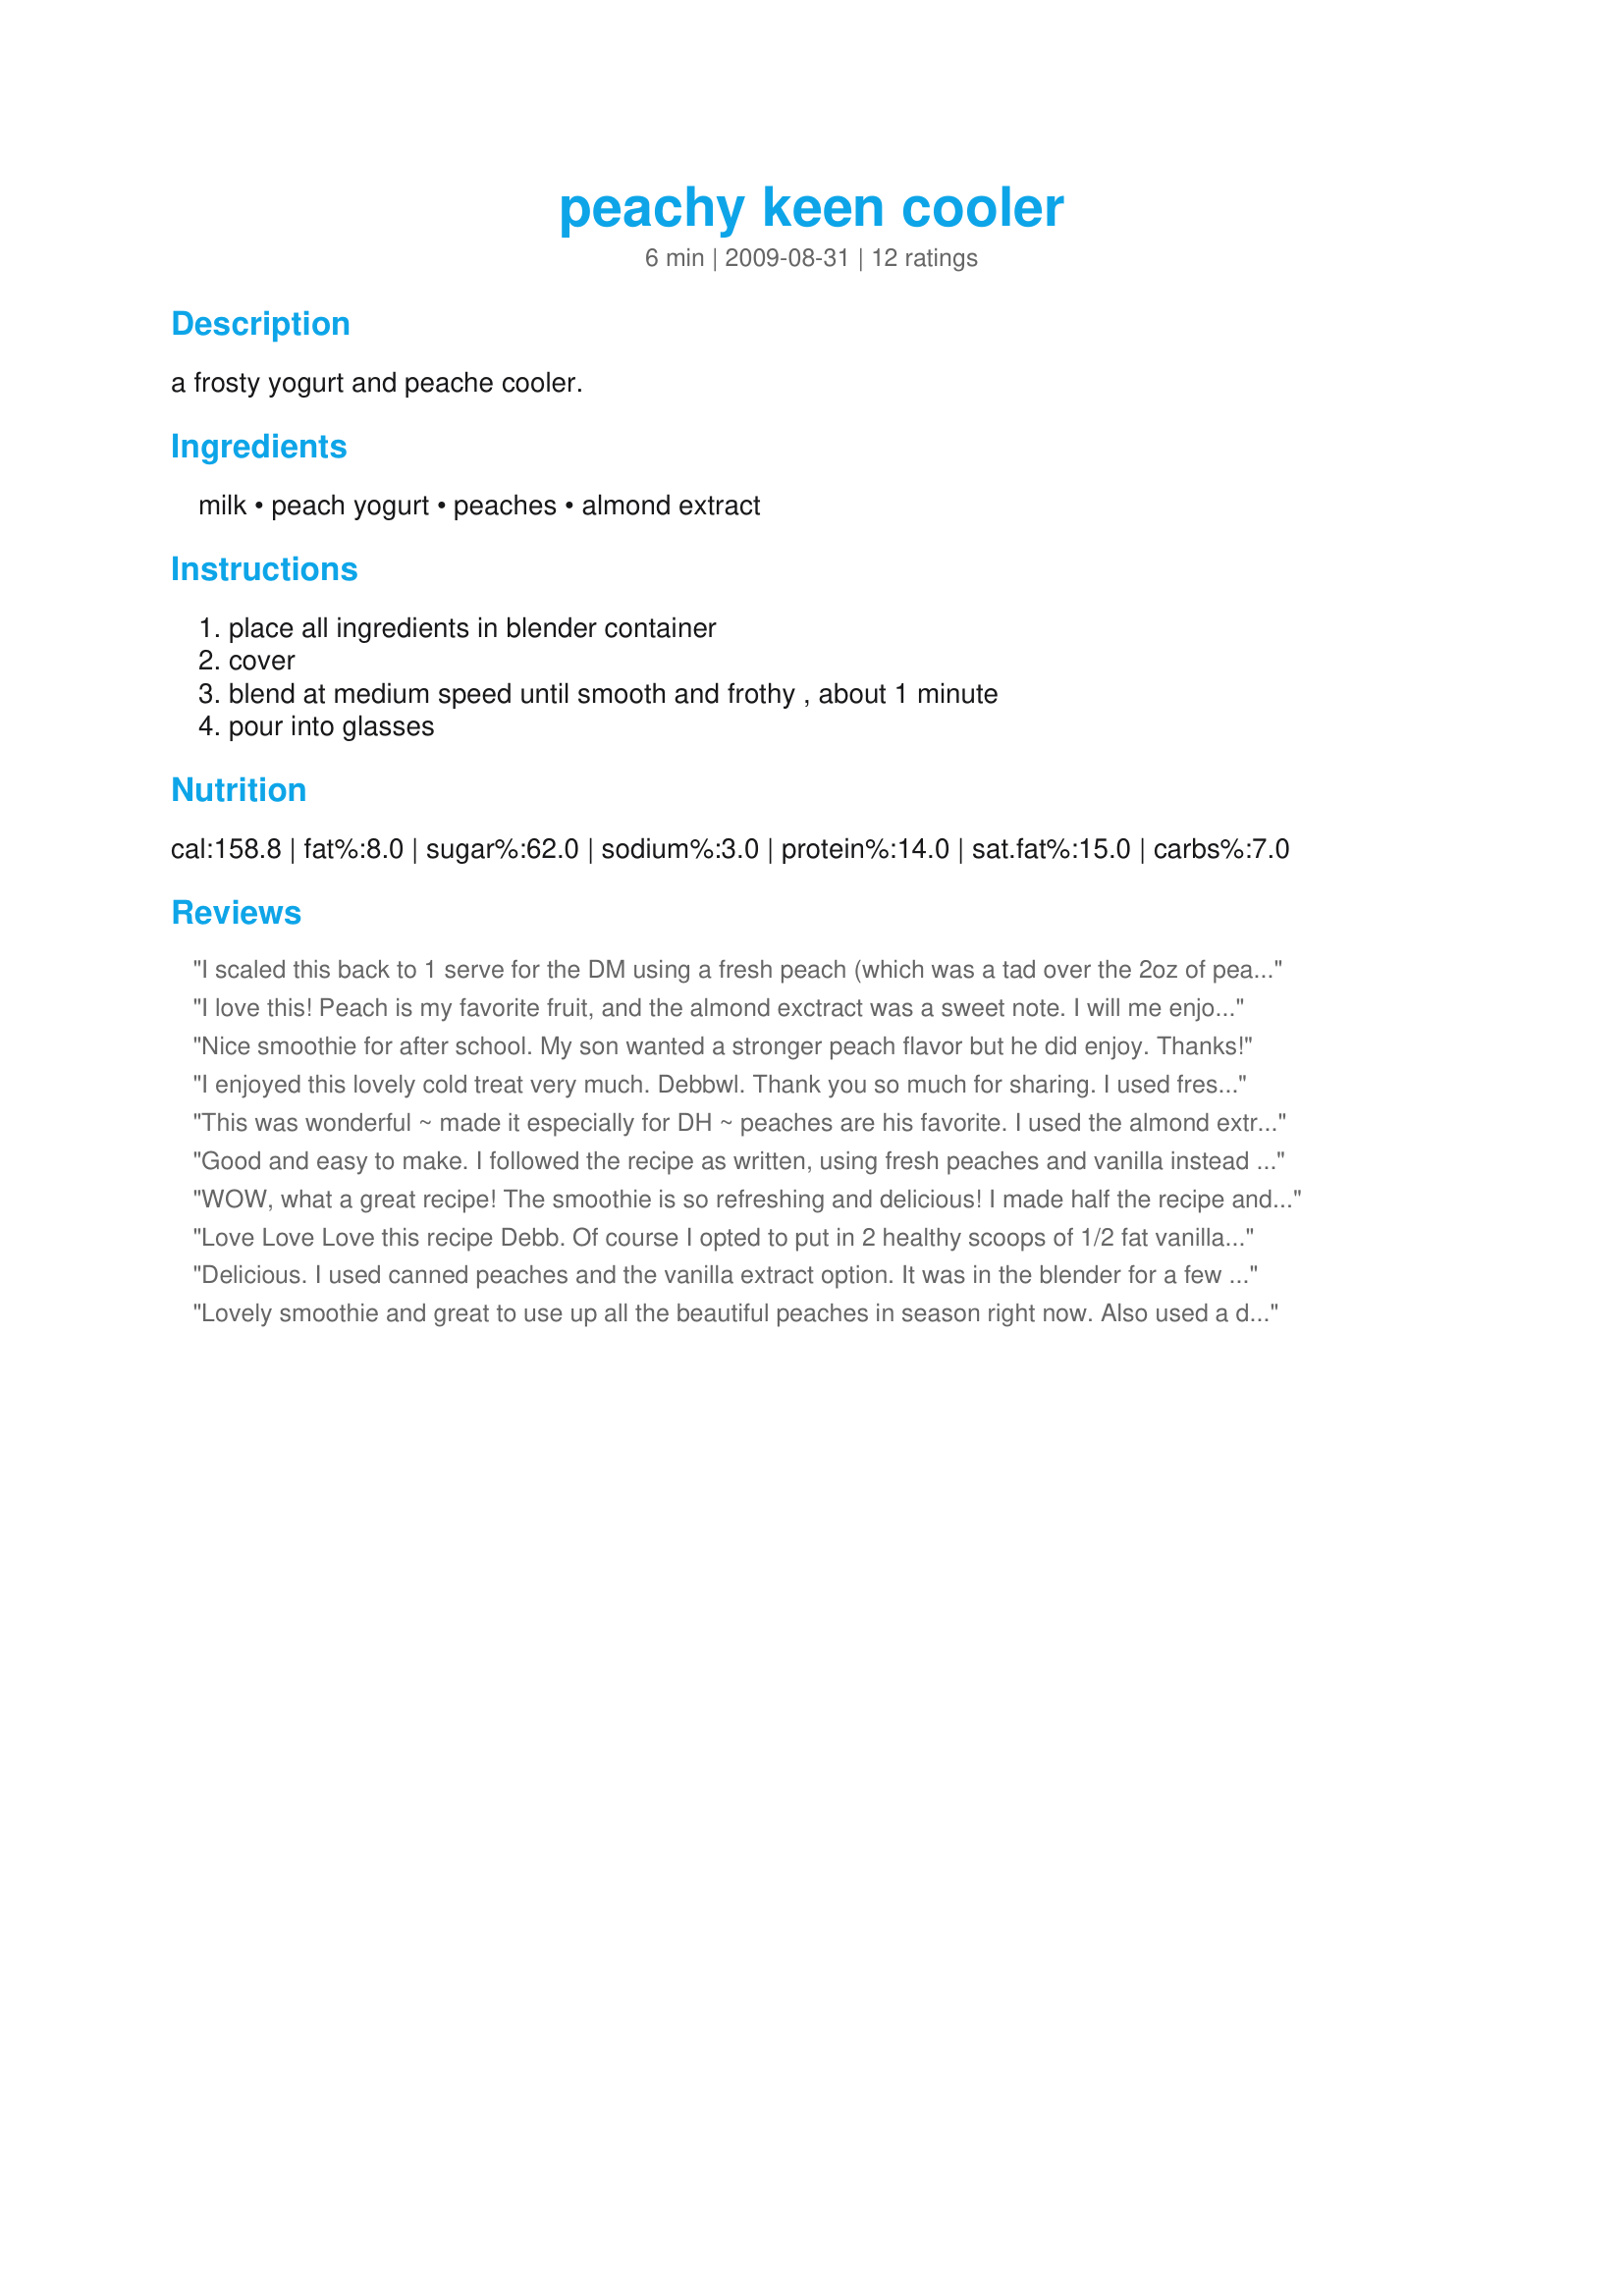
peachy keen cooler
Preparation time: 6 minutes

a frosty yogurt and peache cooler.

Ingredients:
milk, peach yogurt, peaches, almond extract

Steps:
place all ingredients in blender container, cover, blend at medium speed until smooth and frothy , about 1 minute, pour into glasses

Reviews:
I scaled this back to 1 serve for the DM using a fresh peach (which was a tad over the 2oz of peach flesh required). Well she loved it - was wandering if it was her birthday and if it was a treat, well this is one treat she may be getting on a more regular basis using fresh fruit that is in season. Thank you Debbwl, made for Everyday A Holiday.
I love this! Peach is my favorite fruit, and the almond exctract was a sweet note. I will me enjoying this again. Thanks Debb! Made for Fall 2009 PAC.
Nice smoothie for after school. My son wanted a stronger peach flavor but he did enjoy. Thanks!
I enjoyed this lovely cold treat very much. Debbwl. Thank you so much for sharing. I used fresh Niagara peaches and homemade pure vanilla extract in this gorgeous treat. The peaches were perfect, sweet ripe and delicious. It was quick and easy to make. I&#039;ll be making this again on the weekend for the dh. He is going to love it. Peach anything is his favorite. Made for Culinary Quest - Southern USA for the Suitcase Gourmets.
This was wonderful ~ made it especially for DH ~ peaches are his favorite. I used the almond extract which made this special. Thanks for posting ~ made for HOLIDAY TAG, September 2009!
Good and easy to make. I followed the recipe as written, using fresh peaches and vanilla instead of the almond extract.
WOW, what a great recipe! The smoothie is so refreshing and delicious! I made half the recipe and it made for a great breakkie for my dad and me!<br/>I used a peach passionfruit yogurt and the vanilla option and it came out so thick and yummy! Mmmm, I think Ill make this quite often as it is so easy, quick and healthy! Loved the peach flavour, but might try berries or melon next time. <br/>THANK YOU SO MUCH for sharing this treat with us, Debbie!<br/>Made and reviewed for Everyday Is A Holiday Tag Game August 2010.
Love Love Love this recipe Debb. Of course I opted to put in 2 healthy scoops of 1/2 fat vanilla icecream in place of the milk. That could be why, but also the almond flavoring was a special touch that came thru nicely. Great recipe for this time of year!Made for HolidayTag.
Delicious. I used canned peaches and the vanilla extract option. It was in the blender for a few minutes, When I turned the blender off the cooler was nice and thick. Made for Veggie Swap 24
Lovely smoothie and great to use up all the beautiful peaches in season right now. Also used a drop of honey. The almond extract is inspired!
Nice and refreshing smoothie/cooler. I used canned peaches and doubled the amount. I will throw some canned peaches in the freezer for next time as I think that would be really good and help thicken the smoothie a bit or I will reduce the milk. I used vanilla extract which was great.
I used fresh peach and the vanilla option. I actually do think that canned peaches would have been a better choice for me. The fresh peaches we get here in flatland Canada are all imported and while they look gorgeous in the store they are never ripe inside. If you try to wait until they *are* then they have bruised and look shabby on the surface. Knowing this I still just had to give this a try with them. They were as always and even the Vita Mix couldn't smooth them out. Even so the peach flavor came through so I can imagine (with envy) how marvelous this would be with ripe, juicy, peaches. Mine tasted very good but this would be killer with really good peaches.
